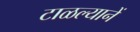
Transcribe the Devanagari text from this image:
टाळल्यानें